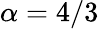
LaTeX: \alpha=4/3